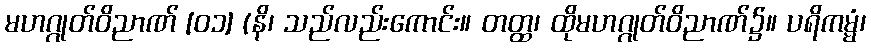
မဟဂ္ဂုတ်ဝိညာဏ် [၀၁] (နိ၊ သည်လည်းကောင်း။ တတ္ထ၊ ထိုမဟဂ္ဂုတ်ဝိညာဏ်၌။ ပရိကမ္မံ၊